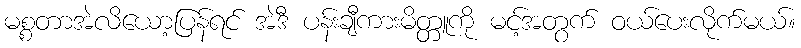
မစ္စတာအဲလိယော့ပြန်ရင် အဲဒီ ပန်းချီကားမိတ္တူကို မင့်အတွက် ဝယ်ပေးလိုက်မယ်။